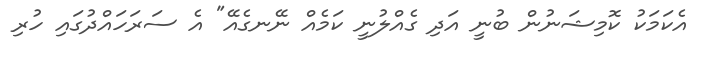
އެކަމަކު ކޮމިޝަނުން ބުނީ އަދި ގެއްލުނީ ކަމެއް ނޭނގެއޭ" އެ ސަރަހައްދުގައި ހުރި